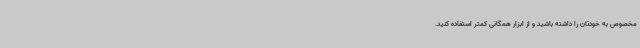
مخصوص به خودتان را داشته باشید و از ابزار همگانی کمتر استفاده کنید.